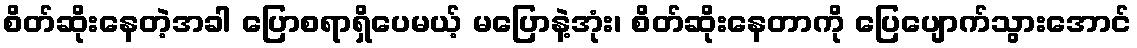
စိတ်ဆိုးနေတဲ့အခါ ပြောစရာရှိပေမယ့် မပြောနဲ့အုံး၊ စိတ်ဆိုးနေတာကို ပြေပျောက်သွားအောင်